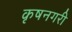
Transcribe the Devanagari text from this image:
कृषनगरी